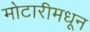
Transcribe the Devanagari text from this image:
मोटारीमधून